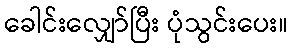
ခေါင်းလျှော်ပြီး ပုံသွင်းပေး။